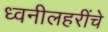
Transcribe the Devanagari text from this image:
ध्वनीलहरींचे